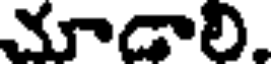
చూడాలి.